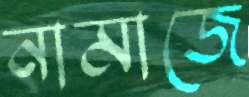
নামাজে